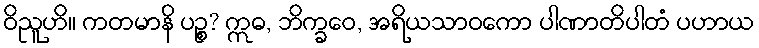
ဝိညူဟိ။ ကတမာနိ ပဉ္စ? ဣဓ, ဘိက္ခဝေ, အရိယသာဝကော ပါဏာတိပါတံ ပဟာယ